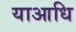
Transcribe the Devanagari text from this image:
याआधि